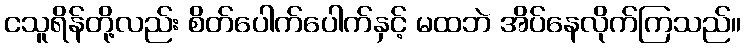
ငသူရိန်တို့လည်း စိတ်ပေါက်ပေါက်နှင့် မထဘဲ အိပ်နေလိုက်ကြသည်။